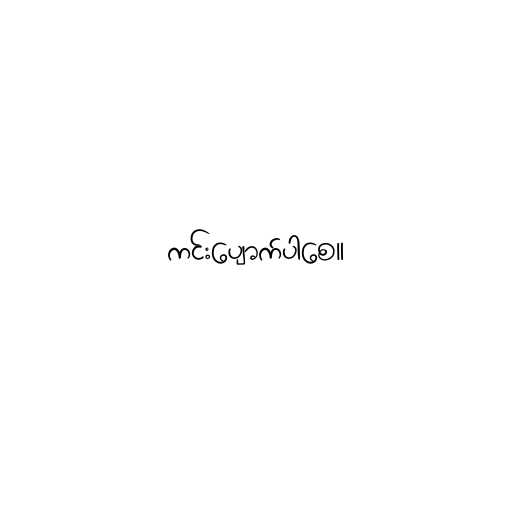
ကင်းပျောက်ပါစေ။